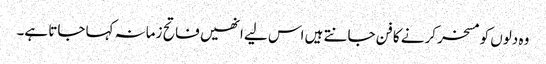
وہ دلوں کو مسخر کرنے کا فن جانتے ہیں اس لیے انھیں فاتح زمانہ کہا جاتا ہے۔